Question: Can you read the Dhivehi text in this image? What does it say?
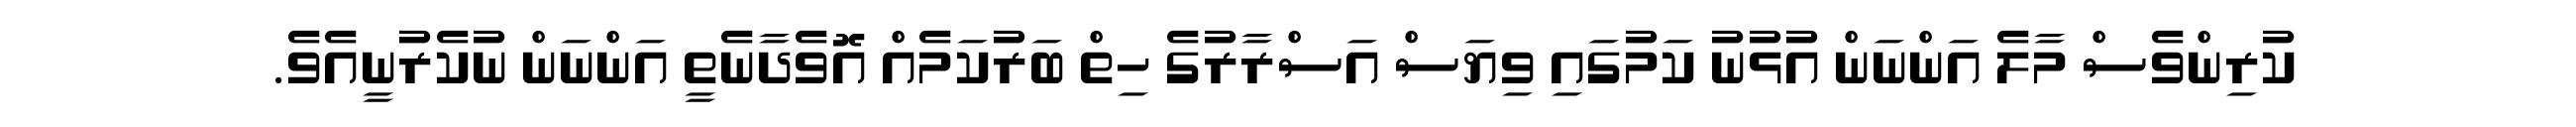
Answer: ކުރިންވެސް މާލެ އަންނަން އުޅުނު ކަމުގައި ވިޔަސް އަސްރާރުގެ ހިތް ބަރުކަމެއް އޮވެދާނެތީ އަންނަން ނުކެރުނީއެވެ.